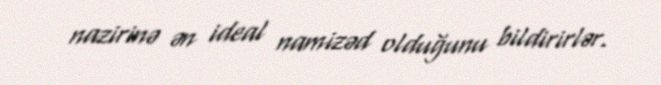
nazirinə ən ideal namizəd olduğunu bildirirlər.